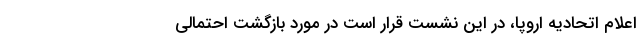
اعلام اتحادیه اروپا، در این نشست قرار است در مورد بازگشت احتمالی